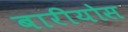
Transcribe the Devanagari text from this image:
बारीयोस